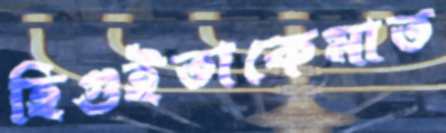
হিগুইতাকেমাত